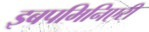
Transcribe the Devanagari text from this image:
इबपमिनिएरी